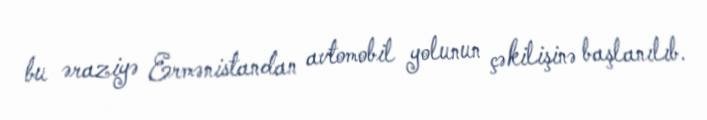
bu əraziyə Ermənistandan avtomobil yolunun çəkilişinə başlanılıb.